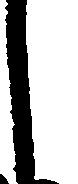
し